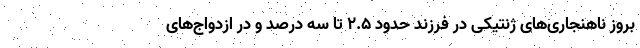
بروز ناهنجاری‌های ژنتیکی در فرزند حدود ۲.۵ تا سه درصد و در ازدواج‌های